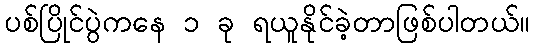
ပစ်ပြိုင်ပွဲကနေ ၁ ခု ရယူနိုင်ခဲ့တာဖြစ်ပါတယ်။